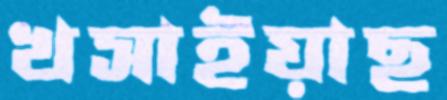
খসাইয়াছ